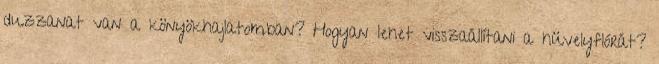
duzzanat van a könyökhajlatomban? Hogyan lehet visszaállítani a hüvelyflórát?